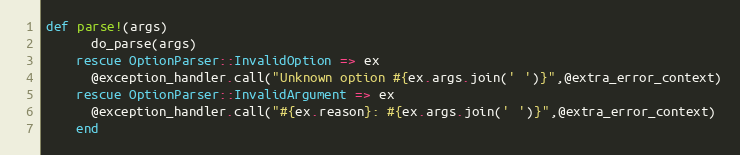
Language: Ruby
def parse!(args)
      do_parse(args)
    rescue OptionParser::InvalidOption => ex
      @exception_handler.call("Unknown option #{ex.args.join(' ')}",@extra_error_context)
    rescue OptionParser::InvalidArgument => ex
      @exception_handler.call("#{ex.reason}: #{ex.args.join(' ')}",@extra_error_context)
    end